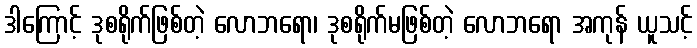
ဒါကြောင့် ဒုစရိုက်ဖြစ်တဲ့ လောဘရော၊ ဒုစရိုက်မဖြစ်တဲ့ လောဘရော အကုန် ယူသင့်